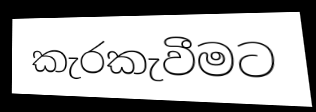
කැරකැවීමට